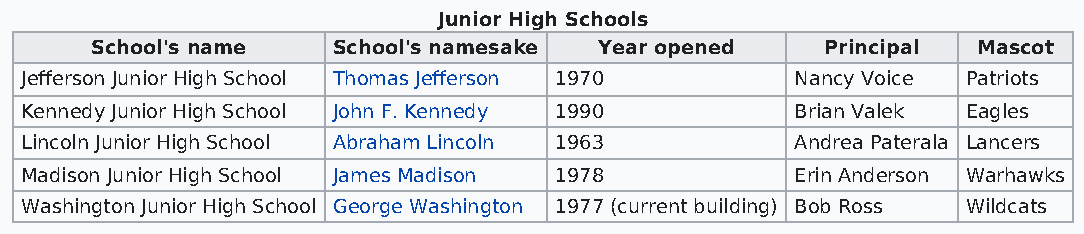
Junior High Schools
 School's name   School's namesake Year opened    Principal Mascot
 Jefferson Junior High School Thomas Jefferson 1970  Nancy Voice Patriots
 Kennedy Junior High School John F. Kennedy 1990     Brian Valek Eagles
 Lincoln Junior High School Abraham Lincoln 1963     Andrea Paterala Lancers
 Madison Junior High School James Madison 1978       Erin Anderson Warhawks
 Washington Junior High School George Washington 1977 (current building) Bob Ross Wildcats